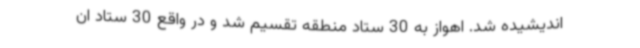
اندیشیده شد. اهواز به 30 ستاد منطقه تقسیم شد و در واقع 30 ستاد ان